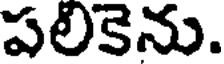
పలికెను.